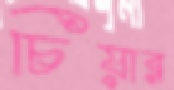
চিয়ার